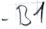
Text: -B1